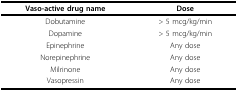
| Vaso-active drug name | Dose |
 | --- | --- |
 | Dobutamine | > 5 mcg/kg/min |
 | Dopamine | > 5 mcg/kg/min |
 | Epinephrine | Any dose |
 | Norepinephrine | Any dose |
 | Milrinone | Any dose |
 | Vasopressin | Any dose |